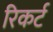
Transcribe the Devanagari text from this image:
रिकर्ट